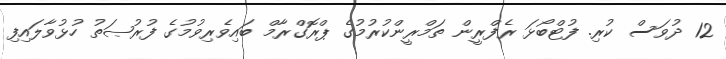
12 ދުވަސް ކުރި. ފުޓްބޯޅަ ރެފްރީން ތަމްރީންކުރުމުގެ ޕްރޮގްރާމް ބައިވެރިވުމުގެ ފުރުޞަތު ހުޅުވާލައިފި